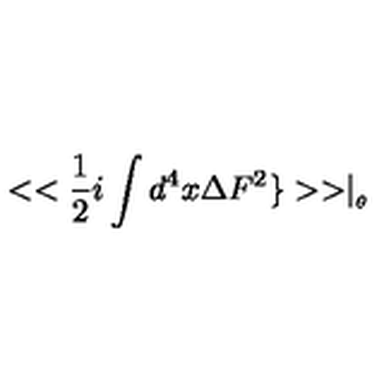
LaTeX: < < \frac { 1 } { 2 } i \int d ^ { 4 } x \Delta F ^ { 2 } \} > > \mid _ { _ { \theta } }